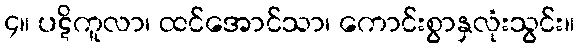
၄။ ပဋိကူလာ၊ ထင်အောင်သာ၊ ကောင်းစွာနှလုံးသွင်း။